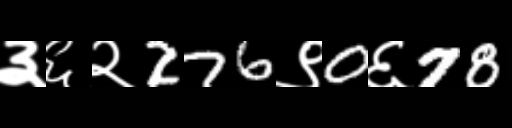
Text: ३६२276९0६78